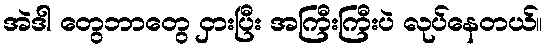
အဲဒါ တွေဘာတွေ ငှားပြီး အကြီးကြီးပဲ လုပ်နေတယ်။